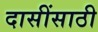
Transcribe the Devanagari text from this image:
दासींसाठी